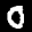
Label: 0